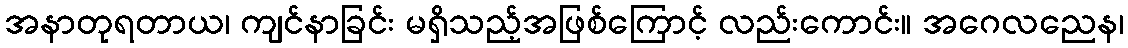
အနာတုရတာယ၊ ကျင်နာခြင်း မရှိသည့်အဖြစ်ကြောင့် လည်းကောင်း။ အဂေလညေန၊